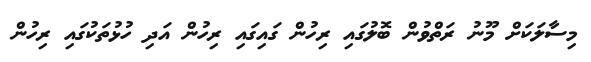
މިސާލަކަށް މޫނު ރަތްވުން ބޮލުގައި ރިހުން ގައިގައި ރިހުން އަދި ހުޅުތަކުގައި ރިހުން